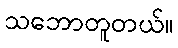
သဘောတူတယ်။